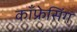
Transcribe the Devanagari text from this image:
काँफ्रेसिंग